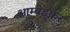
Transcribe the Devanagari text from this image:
आम्बेड्कर